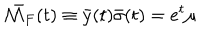
\bar { { \cal M } _ { F } } ( t ) \equiv \bar { y } ( t ) \bar { \sigma } ( t ) = e ^ { t } \mu